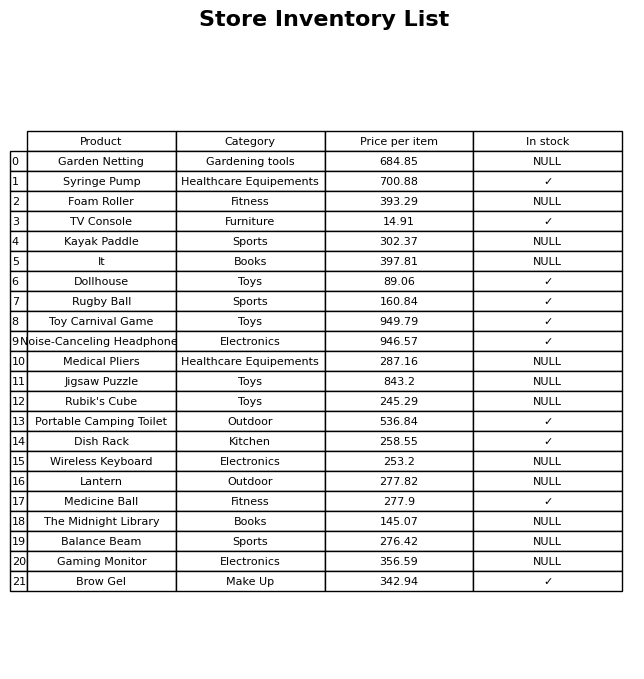
question: What is the price for Jigsaw Puzzle?
answer: The price of Jigsaw Puzzle is 843.2.